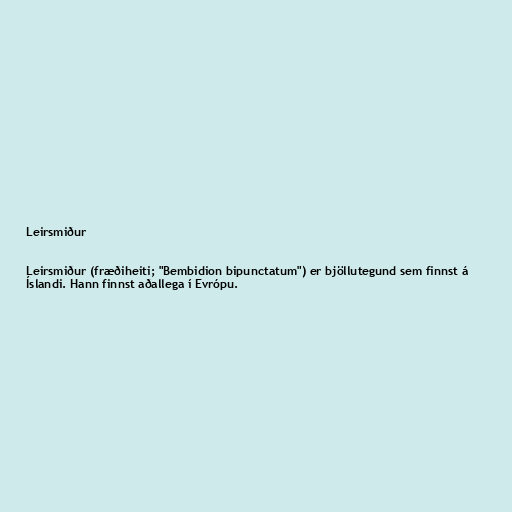
Leirsmiður

Leirsmiður (fræðiheiti; "Bembidion bipunctatum") er bjöllutegund sem finnst á
Íslandi. Hann finnst aðallega í Evrópu.